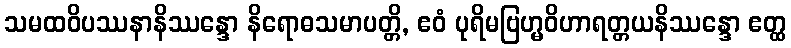
သမထဝိပဿနာနိဿန္ဒော နိရောဓသမာပတ္တိ, ဧဝံ ပုရိမဗြဟ္မဝိဟာရတ္တယနိဿန္ဒော ဧတ္ထ